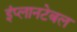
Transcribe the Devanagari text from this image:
इंप्लानटेबल